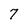
Character: 7